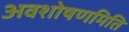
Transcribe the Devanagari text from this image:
अवशोषणमिति